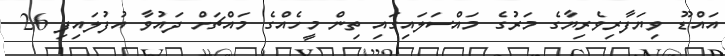
އައްޑޫ ވިޔަފާރިވެރިޔާގެ މަރުގެ މައްސަލައިގައި ތިން މީހެއްގެ މައްޗަށް ދައުވާ އުފުލައިފި 26